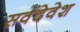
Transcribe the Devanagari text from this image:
सर्वदेवेश